Civil Veterinary Dept. Bombay admin report 1932-41 - 1932-1941
Year: 1932
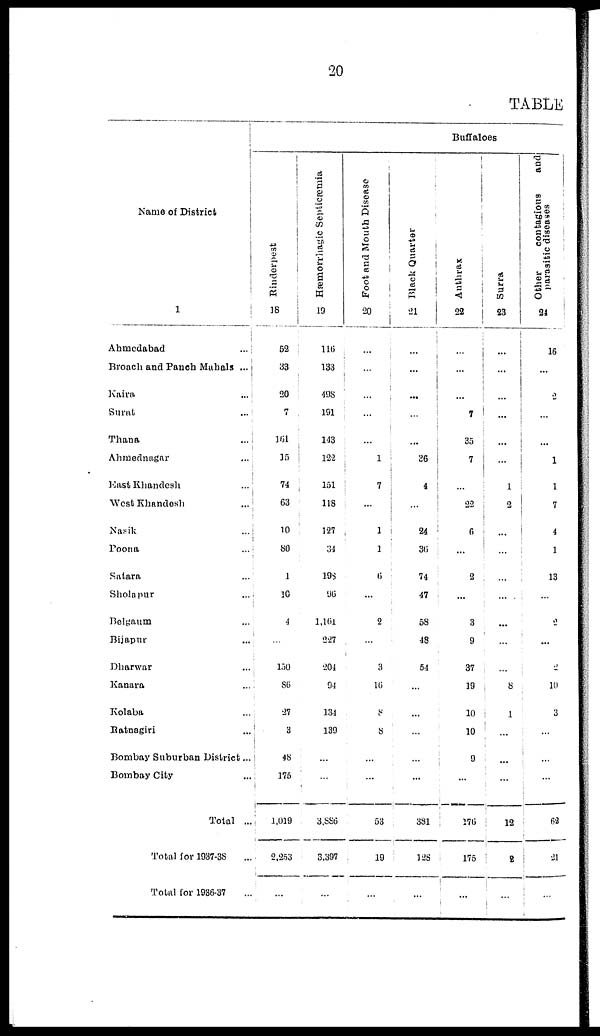
20
TABLE
Name of District
1
Ahmedabad ...
Broach and Panch Mahals ...
Kaira ...
Surat ...
Thana ...
Ahmednagar ...
East Khandesh ...
West Khandesh ...
Nasik
...
Poona ...
Satara ...
Sholapur ...
Belgaum ...
Bijapur ...
Dharwar ...
Kanara ...
Kolaba ...
Ratnagiri ...
Bombay Suburban District ...
Bombay City ...
Total ...
Total for 1937-38
...
Total for 1936-37 ...
Buffaloes
Rinderpest
18
52
33
20
7
161
15
74
63
10
80
1
10
4
150
86
27
3
48
175
1,019
2,253
...
Hæmonhagic Septicæmia
19
116
133
498
191
143
122
151
118
127
31
198
96
1,161
227
204
94
134
139
...
...
3,886
3,397
...
Foot and Mouth Disease
20
...
...
...
...
...
1
7
...
1
1
6
...
2
...
3
16
8
8
...
...
53
19
...
Black Quarter
21
...
...
...
...
...
36
4
...
24
36
74
47
58
48
54
...
...
...
...
...
381
128
...
Anthrax
22
...
...
...
7
35
7
...
22
6
...
2
...
3
9
37
19
10
10
9
...
176
175
...
Surra
23
...
...
...
...
...
...
1
2
...
...
...
...
...
...
...
8
1
...
...
...
12
2
...
Other
contagious
and
parasitic diseases
24
16
...
2
...
...
1
1
7
4
1
13
...
2
...
2
10
3
...
...
...
63
21
...